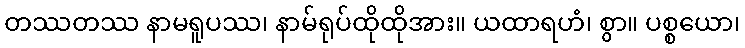
တဿတဿ နာမရူပဿ၊ နာမ်ရုပ်ထိုထိုအား။ ယထာရဟံ၊ စွာ။ ပစ္စယော၊